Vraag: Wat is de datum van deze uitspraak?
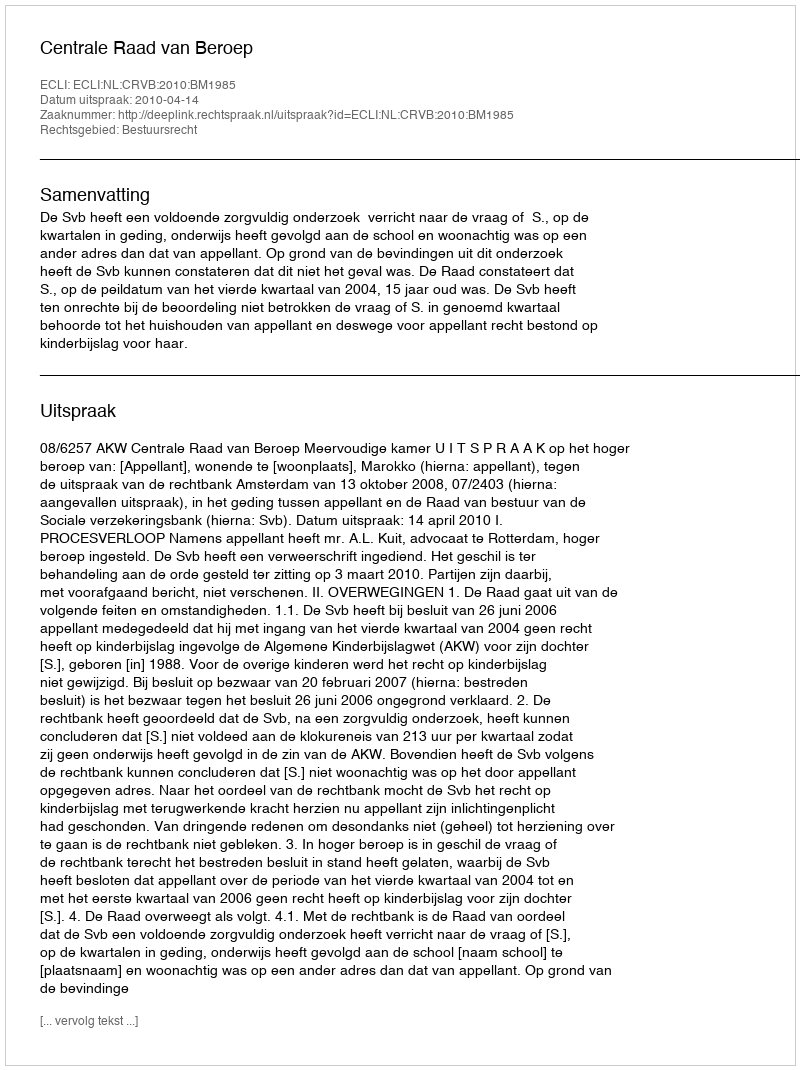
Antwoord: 2010-04-14